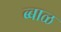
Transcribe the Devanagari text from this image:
ब्बाळ